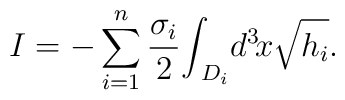
I = - \sum_{i=1}^{n} {\frac{\sigma_{i}}{2}}{\int}_{\!\!D_{i}}d^{3}\!x \sqrt{h_{i}}.